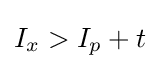
I_{x}>I_{p}+t